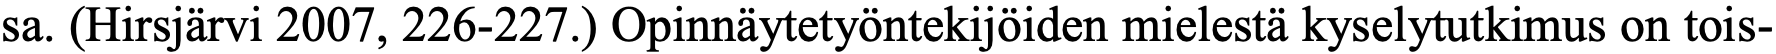
sa. (Hirsjärvi 2007, 226-227.) Opinnäytetyöntekijöiden mielestä kyselytutkimus on tois-